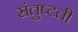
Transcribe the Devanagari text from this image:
संतुष्टती